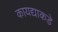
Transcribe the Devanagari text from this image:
कायद्याकडे